Report on vaccination in Madras 1895-1903 - 1895-1903
Year: 1895
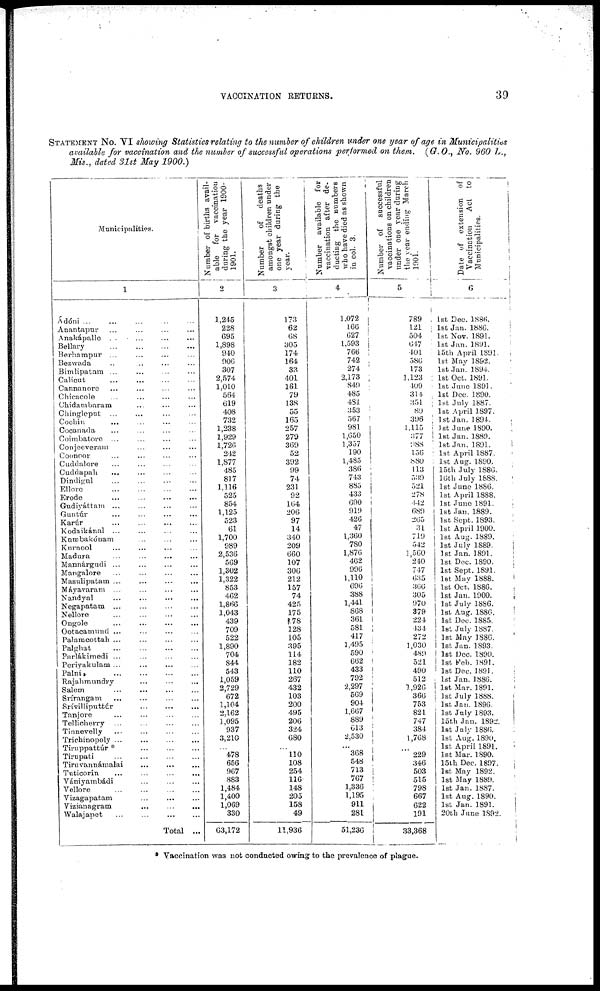
VACCINATION RETURNS.
39
STATEMENT No. VI showing Statistics relating to the number of children under one year of age in Municipalities
available for vaccination and the number of successful operations performed on them. (G.O., No. 960 L.,
Mis., dated 31st May 1900.)
Municipalities.
1
Ádóni
...
...
...
...
...
Anantapur ... ... ... ...
Anakápalle ... ... ... ...
Bellary
...
...
...
...
Berhampur ... ... ... ...
Bezwada ... ... ... ...
Bimlipatam ... ... ... ...
Calicut
...
...
...
...
Cannanore ... ... ... ...
Chicacole ... ... ... ...
Chidambaram
...
...
...
Chingleput ... ... ... ...
Cochin ... ... ... ...
Cocanada ... ... ... ...
Coimbatore ... ... ... ...
Conjeeveram ... ... ...
Coonoor
...
...
...
...
Cuddalore
...
...
...
...
Cuddapah ... ... ... ...
Dindigul
...
...
...
...
Ellore
...
...
...
...
Erode
...
...
...
...
Gudiyáttam
...
...
...
...
Guntúr
...
...
...
...
Karúr
...
...
...
...
Kodaikánal
...
...
...
...
Kumbakónam ... ... ...
Kurnool
...
...
...
...
Madura
...
...
...
...
Mannárgudi
...
...
...
...
Mangalore ... ... ... ...
Masulipatam ... ... ... ...
Máyavaram
...
...
...
...
Nandyal
...
...
...
...
Negapatam ... ... ... ...
Nellore
...
...
...
...
Ongole
...
...
...
...
Ootacamund ... ... ... ...
Palamcottah
...
...
...
...
Palghat
...
...
...
...
Parlákimedi
...
...
...
...
Periyakulam
...
...
...
...
Palni
...
...
...
...
Rajahmundry
...
...
...
...
Salem
...
...
...
...
Srírangam
...
...
...
...
Srívilliputtúr
...
...
...
Tanjore
...
...
...
...
Tellicherry ... ... ... ...
Tinnevelly ... ... ... ...
Trichinopoly
...
...
...
...
Tiruppattúr *
...
...
...
Tirupati
...
...
...
...
Tiruvannámlai
...
...
...
Tuticorin ... ... ... ...
Vániyambádi
...
...
...
Vellore ... ... ... ...
Vizagapatam
...
...
...
Vizianagram
...
...
...
Walajapet
...
...
...
...
Total ...
Number of births avail-
able for vaccination
during the year 1900-
1901.
2
1,245
228
695
1,898
940
906
307
2,574
1,010
564
619
408
732
1,238
1,929
1,726
242
1,877
485
817
1,116
525
854
1,125
523
61
1,700
989
2,536
569
1,302
1,322
853
462
1,866
1,043
439
709
522
1,890
704
844
543
1,059
2,729
672
1,104
2,162
1,095
937
3,210
...
478
656
967
883
1,484
1,400
1,069
330
63,172
Number of
deaths
amongst children under
one year during the
year.
3
173
62
68
305
174
164
33
401
161
79
138
55
165
257
279
369
52
392
99
74
231
92
164
206
97
14
340
209
660
107
306
212
157
74
425
175
178
128
105
395
114
182
110
267
432
103
200
495
206
324
680
...
110
108
254
116
148
205
158
49
11,936
Number available for
vaccination after de-
ducting the numbers
who have died as shown
in col. 3.
4
1,072
166
627
1,593
766
742
274
2,173
849
485
481
353
567
981
1,650
1,357
190
1,485
386
743
885
433
690
919
426
47
1,360
780
1,876
462
996
1,110
696
388
1,441
868
361
581
417
1,495
590
662
433
792
2,297
569
904
1,667
889
613
2,530
... 368
548
713
767
1,336
1,195
911
281
51,236
Number of successful
vaccinations on children
under one year during
the year ending March
1901.
5
789
121
504
647
401
586
173
1,123
409
314
351
89
396
1,115
377
988
156
880
113
539
521
278
442
689 265
31
719
542
1,560
240
747
635
366
305
970
379
224
434
272
1,030
489
521
490
512
1,926
366
753
821
747
384
1,768
...
229
346
503
515
798
667
622
191
33,368
Date of extension of
Vaccination
Act to
Municipalities.
6
1st Dec. 1886.
1st Jan. 1886.
1st Nov. 1891.
1st Jan. 1891.
15th April 1891.
1st May 1892.
1st Jan. 1894.
1st Oct. 1891.
1st June 1891.
1st Dec. 1890.
1st July 1887.
1st April 1897.
1st Jan. 1894.
1st June 1890.
1st Jan. 1889.
1st Jan. 1891.
1st April 1887.
1st Aug. 1890.
15th July 1886.
16th July 1888.
1st June 1886.
1st April 1888.
1st June 1891.
1st Jan. 1889.
1st Sept. 1893.
1st April 1900.
1st Aug. 1889.
1st July 1889.
1st Jan. 1891.
1st Dec. 1890.
1st Sept. 1891.
1st May 1888.
1st Oct. 1886.
1st Jan. 1900.
1st July 1886.
1st Aug. 1886.
1st Dec. 1885.
1st July 1887.
1st May 1886.
1st Jan. 1893.
1st Dec. 1890.
1st Feb. 1891.
1st Dec. 1891.
1st Jan. 1886.
1st Mar. 1891.
1st July 1888.
1st Jan. 1896.
1st July 1893.
15th Jan. 1892.
1st July 1886.
1st Aug. 1890.
1st April 1891.
1st Mar. 1890.
15th Dec. 1897.
1st May 1892.
1st May 1889.
1st Jan. 1887.
1st Aug. 1890.
1st Jan. 1891.
20th June 1892.
* Vaccination was not conducted owing to the prevalence of plague.